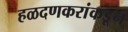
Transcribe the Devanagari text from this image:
हळदणकरांकडून